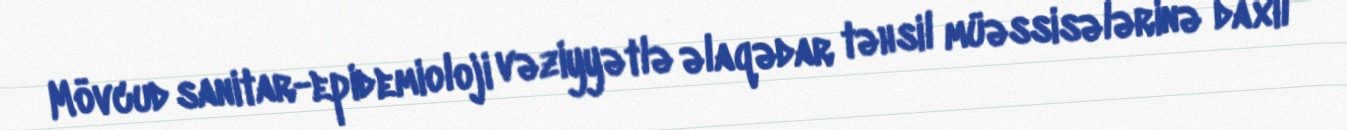
Mövcud sanitar-epidemioloji vəziyyətlə əlaqədar təhsil müəssisələrinə daxil